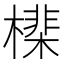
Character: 𣚡